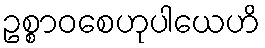
ဥစ္စာဝစေဟုပါယေဟိ